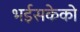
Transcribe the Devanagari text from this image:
भईसकेको